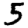
Digit: 5